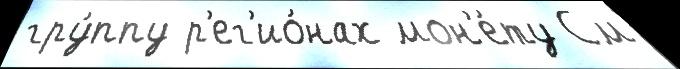
гру́ппу р'ег'ио́нах мон'е́ту См